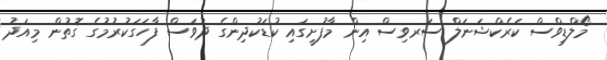
މޯލްޑިވްސް ކަރެކްޝަނަލް ސަރވިސް އިން މާފުށީގައި ކުޑަކުދިންގެ ދުވަސް ފާހަގަކުރުމުގެ ގޮތުން މިއަދު